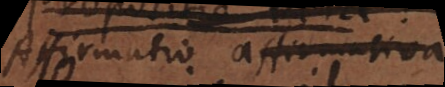
Affirmatio affirmativa